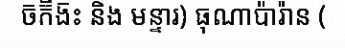
ច៑ក៊ិង៑ះ និង មន្ទារ) ធុណាប៉ារ៉ាន (